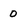
Character: 0